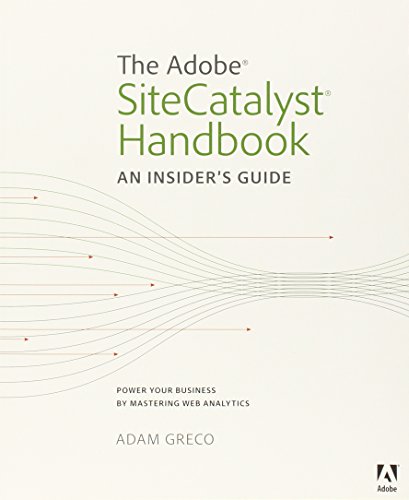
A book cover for The Adobe SiteCatalyst Handbook: An Insider's Guide; Adam Greco; Computers & Technology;